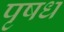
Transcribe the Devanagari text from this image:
पृषध